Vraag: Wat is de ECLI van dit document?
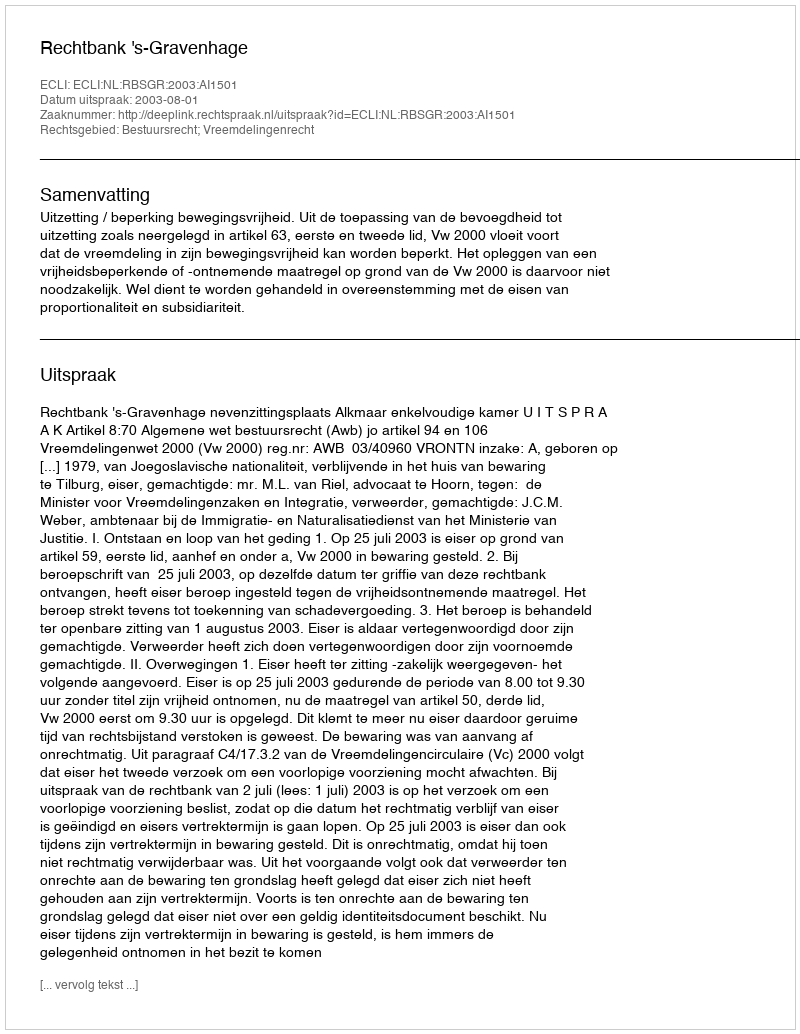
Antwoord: ECLI:NL:RBSGR:2003:AI1501